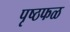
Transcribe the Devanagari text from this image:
पृष्ठफळ